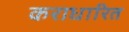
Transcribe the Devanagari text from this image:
कराधारित